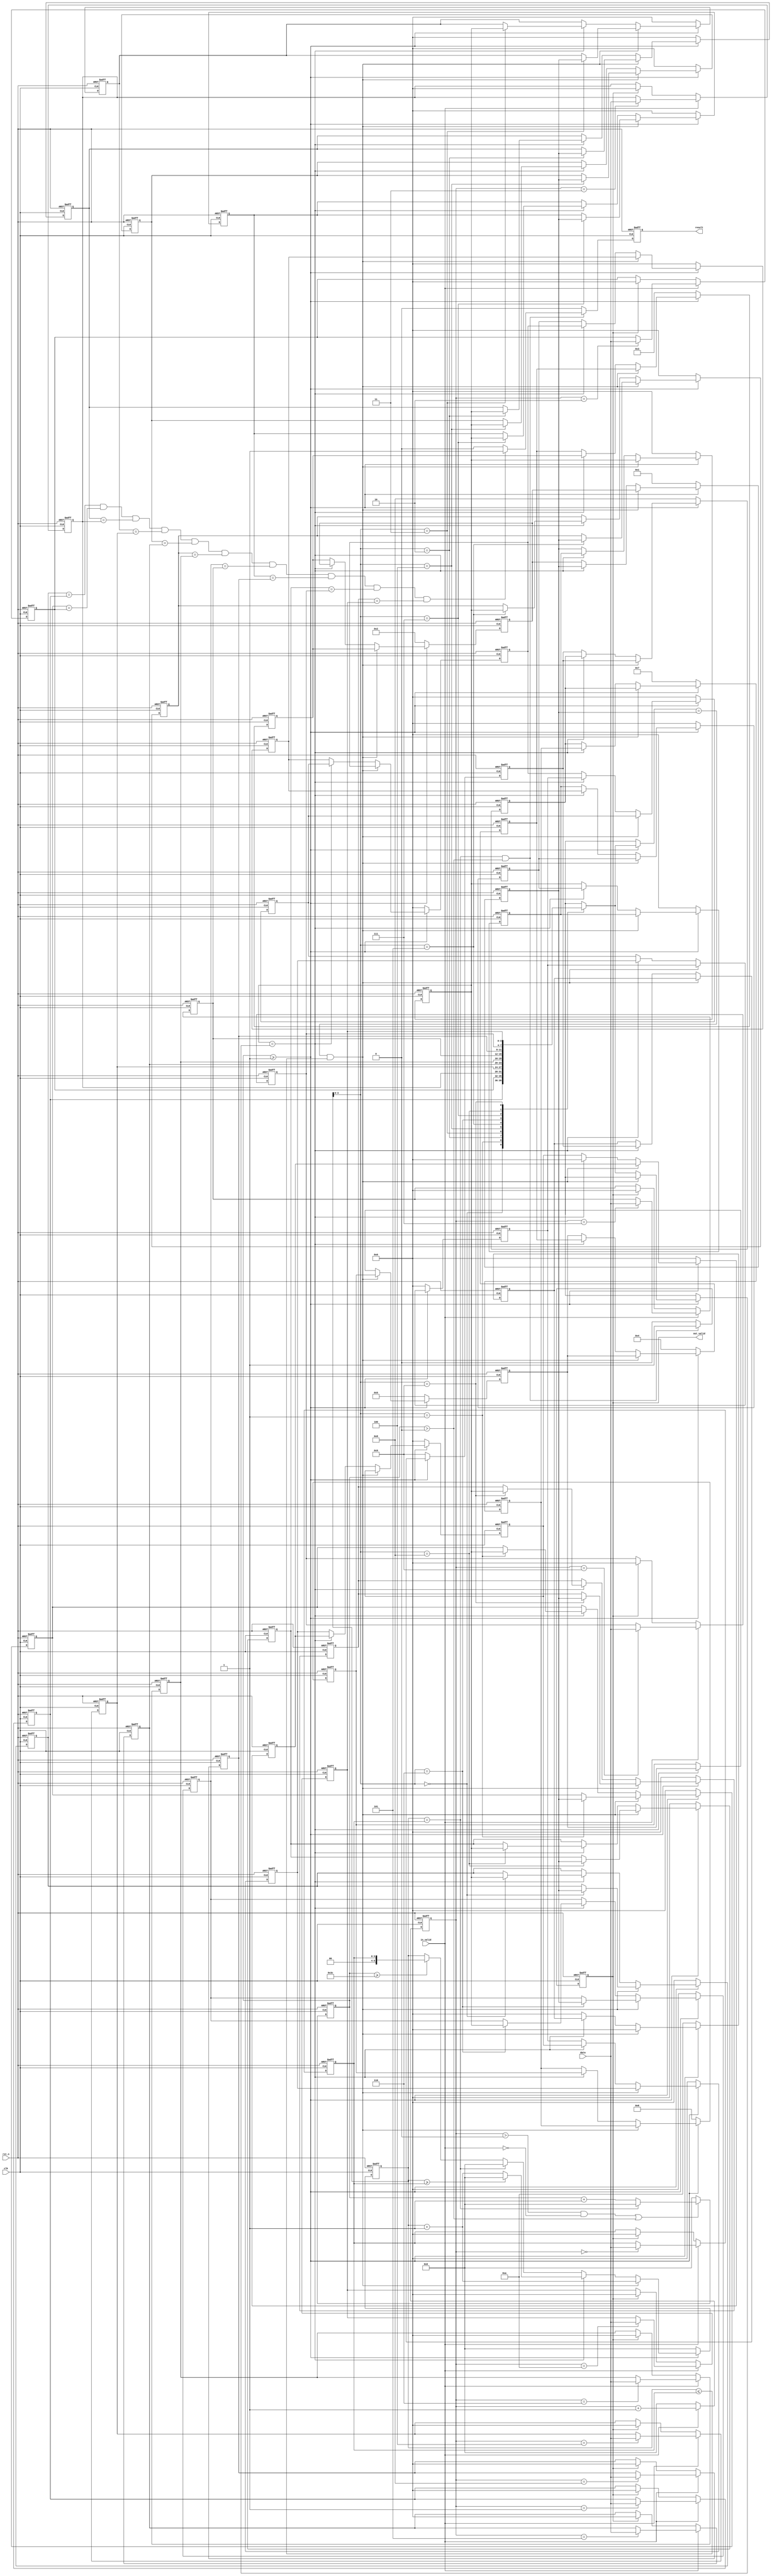
module Train(
    //Input Port
    clk,
    rst_n,
	in_valid,
	data,

    //Output Port
    out_valid,
	result
);

input        clk;
input 	     in_valid;
input        rst_n;
input  [3:0] data;
output   reg out_valid;
output   reg result; 


reg [3:0]carriage_num;
reg [3:0]data_arr[0:9];

reg [5:0]counter_input;
reg [5:0]counter_cal;
reg [5:0]counter_data_arr;

reg [3:0]A_arr[0:9];
reg [3:0]station_arr[0:9];
reg [3:0]B_arr[0:9];

reg result_comb;

integer i;



always @(posedge clk or negedge rst_n) begin
    if(!rst_n) begin
        counter_cal <= 0;
    end
    else begin
        if(counter_input > 0 && !in_valid || counter_cal > 0) begin
            counter_cal <= (counter_data_arr == carriage_num) ? 0 : counter_cal + 1; 
        end
        else begin
            counter_cal <= 0;
        end
    end
end


always @(posedge clk or negedge rst_n) begin
    if(!rst_n) begin
        for (i = 0; i < 10; i = i + 1) begin
            A_arr[i] <= i + 1;
            station_arr[i] <= 0;
            B_arr[i] <= 0;
        end
        counter_data_arr <= 0;
    end
    else begin
        if(counter_cal >= 1) begin
            if(data_arr[counter_data_arr] == A_arr[0] && counter_data_arr <= carriage_num) begin
                // for (i = 0; i < 9; i = i + 1) begin
                //     B_arr[i+1] <= B_arr[i];
                // end
                B_arr[counter_data_arr] <= A_arr[0];

                for (i = 0; i < 10; i = i + 1) begin
                    A_arr[i] <= A_arr[i+1];
                end
                A_arr[9] <= 0;

                counter_data_arr <= counter_data_arr + 1;
            end
            else begin

                if(station_arr[0] == data_arr[counter_data_arr]) begin
                    // for (i = 0; i < 9; i = i + 1) begin
                    //     B_arr[i+1] <= B_arr[i];
                    // end

                    B_arr[counter_data_arr] <= station_arr[0];

                    for (i = 0; i < 10; i = i + 1) begin
                        station_arr[i] <= station_arr[i+1];
                    end

                    station_arr[9] <= 0;

                    counter_data_arr <= (counter_data_arr >= carriage_num) ? 0 : counter_data_arr + 1;
                end
                else begin
                    for (i = 0; i < 9; i = i + 1) begin
                        station_arr[i+1] <= station_arr[i];
                    end

                    station_arr[0] <= A_arr[0];

                    for (i = 0; i < 10; i = i + 1) begin
                        A_arr[i] <= A_arr[i+1];
                    end
                    A_arr[9] <= 0;

                    counter_data_arr <= (counter_data_arr == carriage_num) ? 0 : (counter_cal >= 60) ? carriage_num : counter_data_arr;
                end
            end
        end
        else begin
            for (i = 0; i < 10; i = i + 1) begin
                A_arr[i] <= i + 1;
                station_arr[i] <= 0;
                B_arr[i] <= 0;
            end
            counter_data_arr <= 0;
        end
    end

end 


always @(posedge clk or negedge rst_n) begin
    if(!rst_n) begin
        for (i = 0; i < 10; i = i + 1) begin
            data_arr[i] <= 0;
        end
        carriage_num <= 0;
    end
    else begin

        if(in_valid) begin
            carriage_num <= (counter_input == 0) ?  data : carriage_num;
            
            for (i = 0; i < 10; i = i + 1) begin
                data_arr[i] <= data_arr[i];
            end
            case(counter_input) 
                1 : data_arr[0] <= data;
                2 : data_arr[1] <= data;
                3 : data_arr[2] <= data;
                4 : data_arr[3] <= data;
                5 : data_arr[4] <= data;
                6 : data_arr[5] <= data;
                7 : data_arr[6] <= data;
                8 : data_arr[7] <= data;
                9 : data_arr[8] <= data;
                10: data_arr[9] <= data;
            endcase
        end
        else if(out_valid) begin
            carriage_num <= 0;
            for (i = 0; i < 10; i = i + 1) begin
                data_arr[i] <= 0;
            end
        end
        else begin
            carriage_num <= carriage_num;
            for (i = 0; i < 10; i = i + 1) begin
                data_arr[i] <= data_arr[i];
            end
        end
    end
end


always @(posedge clk or negedge rst_n) begin
    if(!rst_n) begin
        counter_input <= 0;
    end
    else begin
        if(in_valid) begin
            counter_input <= counter_input + 1;
        end
        else begin
            counter_input <= 0;
        end
    end
end

always @(posedge clk or negedge rst_n) begin
    if(!rst_n) begin
        out_valid <= 0;
        result <= 0;
    end
    else begin
        if(counter_data_arr == carriage_num && counter_cal > 0) begin
            out_valid <= 1;
            if( B_arr[0] == data_arr[0] && B_arr[1] == data_arr[1] && B_arr[2] == data_arr[2] && 
                B_arr[3] == data_arr[3] && B_arr[4] == data_arr[4] && B_arr[5] == data_arr[5] && 
                B_arr[6] == data_arr[6] && B_arr[7] == data_arr[7] && B_arr[8] == data_arr[8] && 
                B_arr[9] == data_arr[9])
                result <= 1;
            else begin
                result <= 0;
            end
        end
        else begin
            out_valid <= 0;
            result <= 0;
        end
    end
end

endmodule